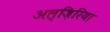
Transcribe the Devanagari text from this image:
अल्ज़िरिया